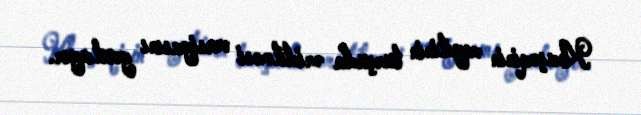
Khaşoqinin meyitinin turşuda əridilməsi versiyasını yoxlayır.